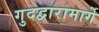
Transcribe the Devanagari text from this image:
गुदद्वारामार्गे